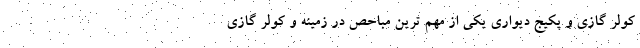
کولر گازی و پکیج دیواری یکی از مهم ترین مباحص در زمینه و کولر گازی